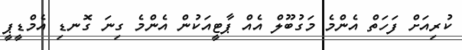
ކުރިއަށް ފަހަތް އެންމެ މަގުބޫލް އެެއް ޕާޓީއަކުން އެންމެ ގިނަ ގޮނޑި އެމްޑީޕީ